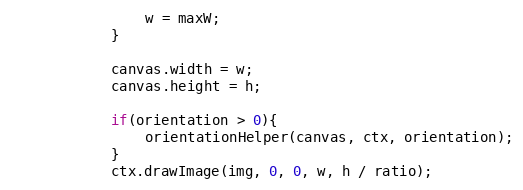
Language: JavaScript
                w = maxW;
            }

            canvas.width = w;
            canvas.height = h;

            if(orientation > 0){
                orientationHelper(canvas, ctx, orientation);
            }
            ctx.drawImage(img, 0, 0, w, h / ratio);